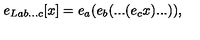
e _ { L a b . . . c } [ x ] = e _ { a } ( e _ { b } ( . . . ( e _ { c } x ) . . . ) ) ,